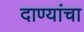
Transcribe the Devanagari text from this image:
दाण्यांचा